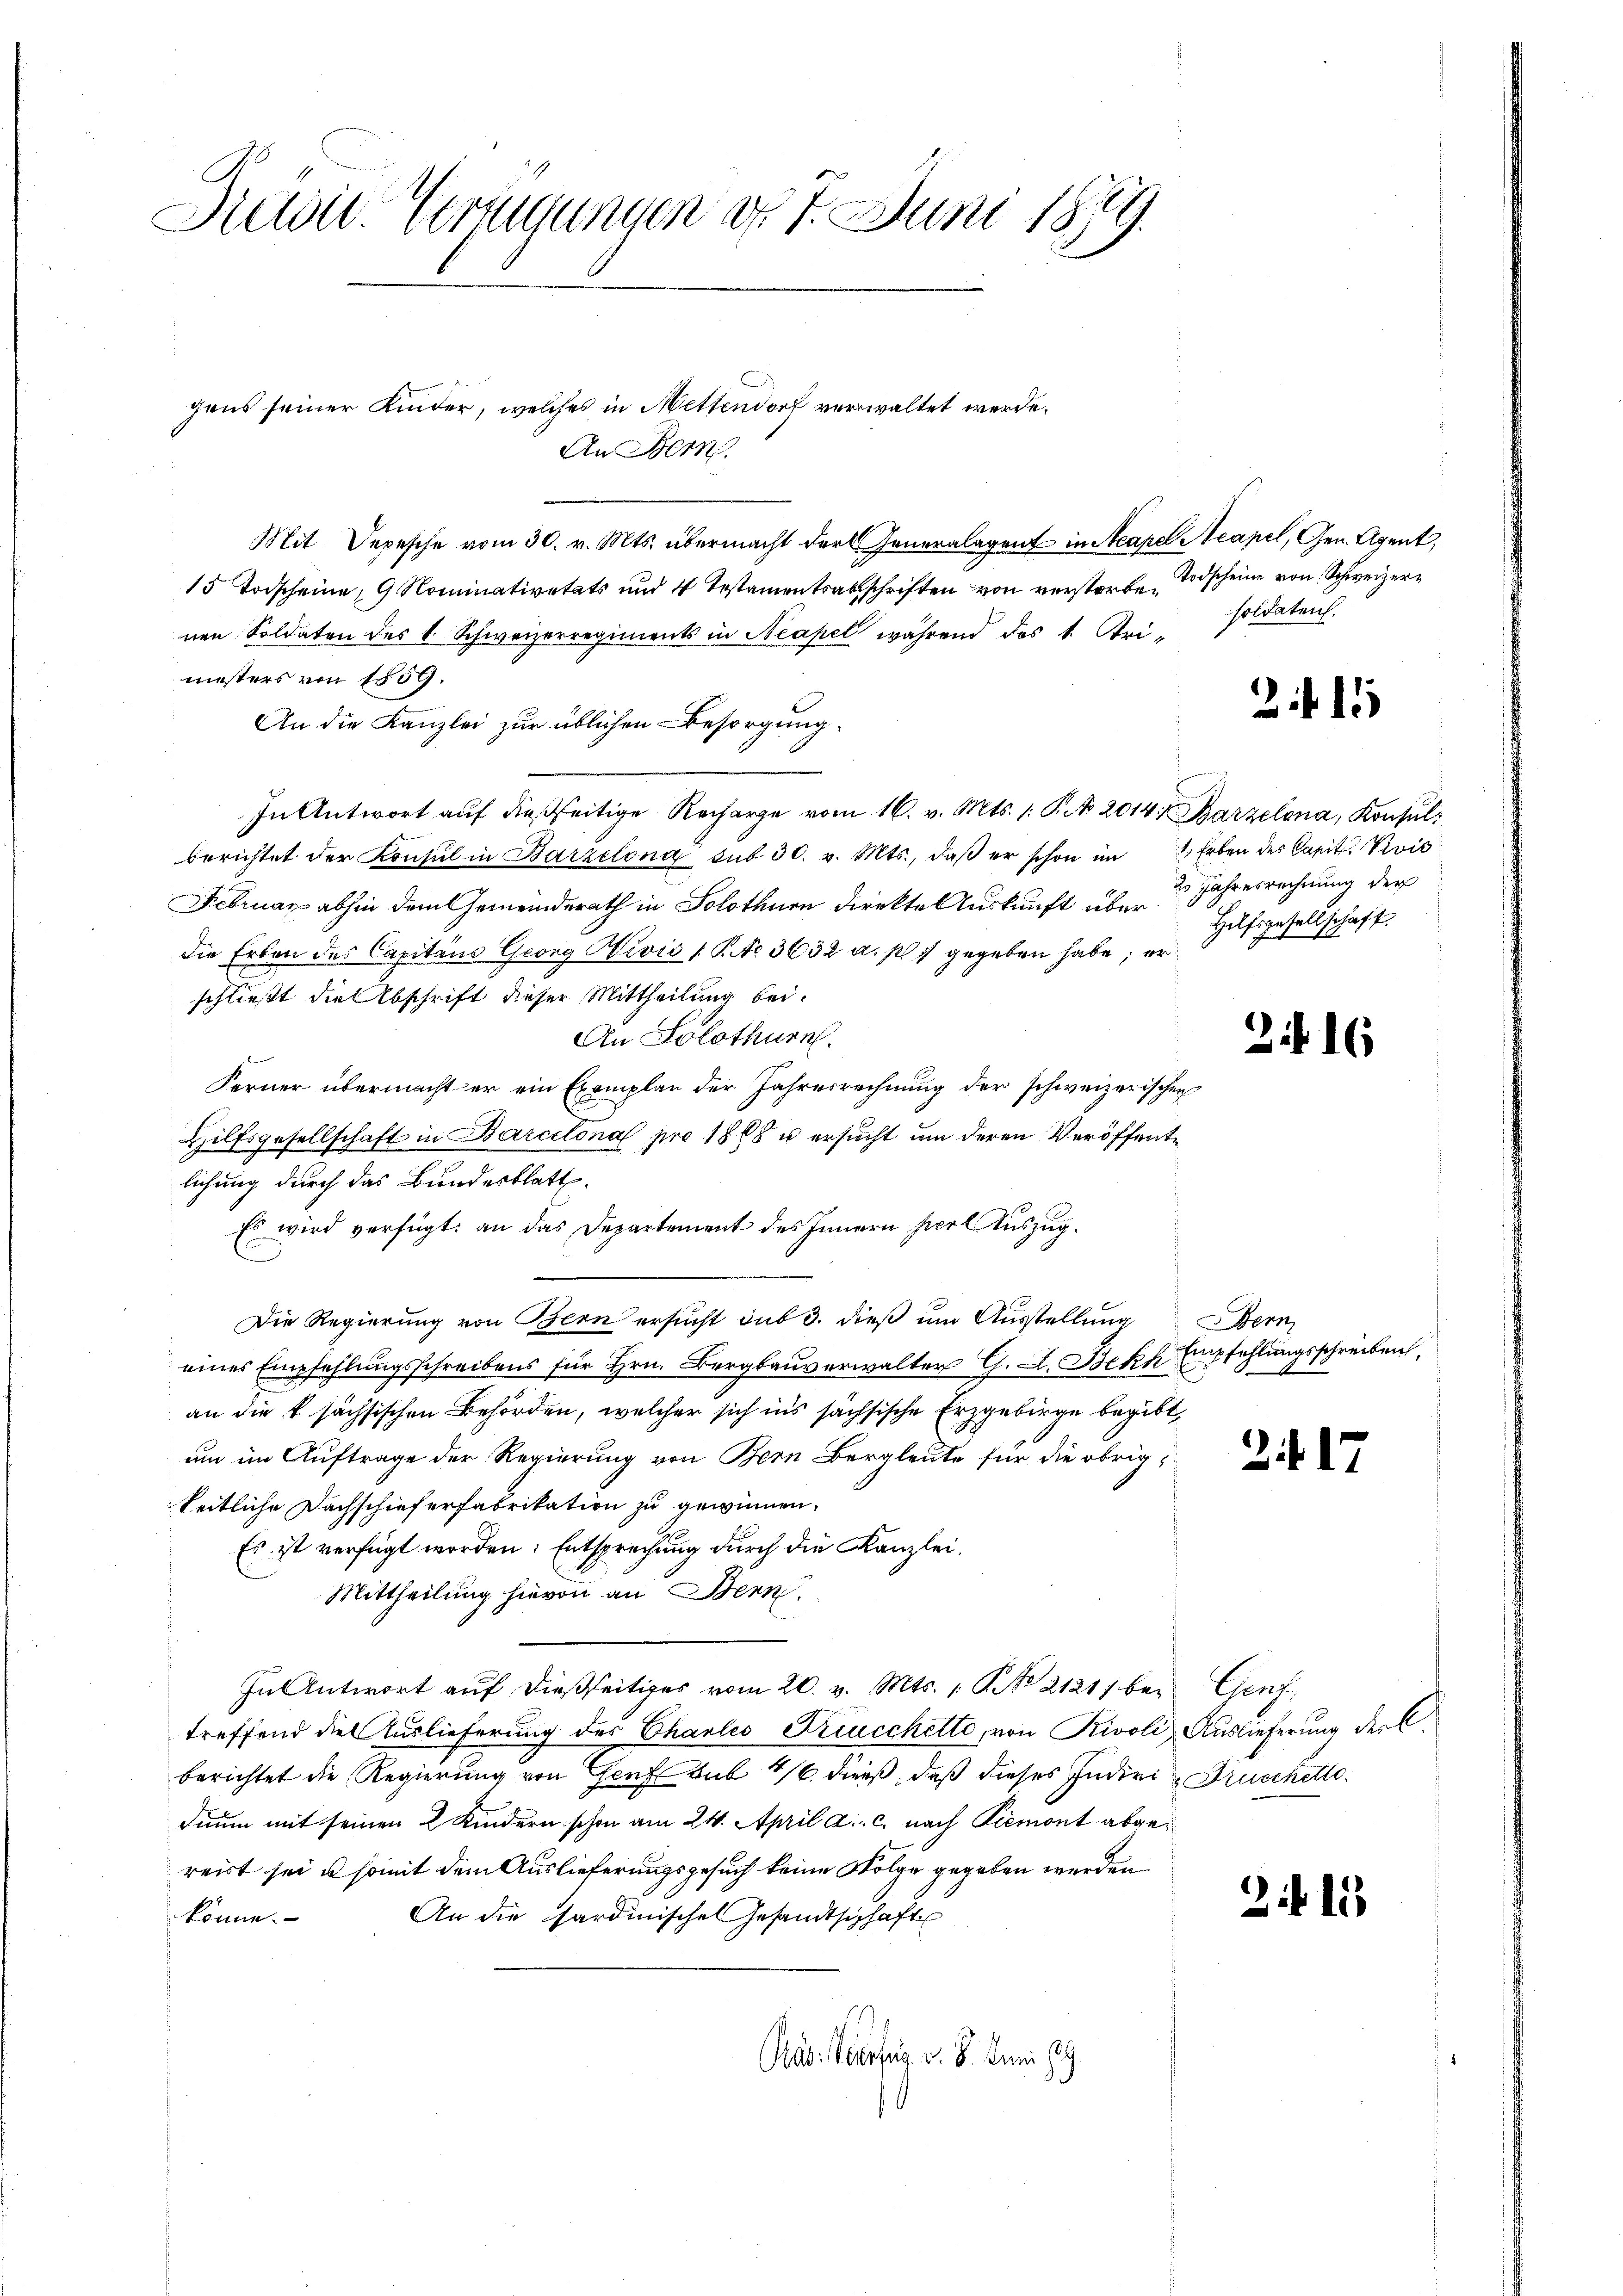
Diclit. Verzugungen d. 1. Juni 1879.

An Bern.
Mit Depesche vom 30. v. Mts. übermacht der Generalagent in Neapel Neapel, Gen. Agent,
15 Todscheine, 9 Nominativetäts und 4 Testamentsartschriften von verstorbenen Soldaten des v. Schweizerregiments in Neapel während des 1. Sei-
mesters von 1859.
An die Kanzlei zur üblichen Besorgung.
In Antwort aŭf dießseitige Recharge vom 16. v. Mts. 1. P. Nr. 2014, Barzelona, Konsulberichtet der Konsul in Barzilona sub 30. v. Mts., daβ er schon im Erben des Capit. Vivis
Februar abhin dem Gemeinderath in Solothurn direkte Auskunft über Hafsgesellschaft,
die Erben des Capitaus Georg Nivio 1. No 3632 a. p. 1 gegeben habe; er
schließt die Abschrift dieser Mittheilung bei.
An Solothurn.
Ferner übermacht er ein Exemplar der Jahresrechnung der schweizerischen
Hilfsgesellschaft in Barcelona pro 1868 u ersucht um deren Veröffentlichung durch das Bundesblatt
Es wird verfügt: an das Departement des Innern per Auszug.
Die Regierung von Bern ersucht sub 3. dieß um Ausstellung Bern
eines Empfehlungsschreibens für Hrn. Bergbauverwalter G. L. Bekk
an die k. sächsischen Behörden, welcher sich ins sächsische Erzgebirge begibt,
um im Auftrage der Regierung von Bern Bergleute für die obrig,
keitliche Dachschieferfabrikation zu gewinnen.
Es ist verfügt worden: Entsprechung durch die Kanzlei.
Mittheilung hievon an Bern.
In Antwort aŭf dießseitiges vom 20. v. Mts. 1. No 2121 bei Genf,
treffend die Auslieferung des Charleo Triucchette, von Rivoli Auslieferung des C.
berichtet die Regierung von Genf sub 1/6 dieß, daß dieses Indivis Drucchelle
duum mit seinen 2 Kindern schon am 24. April a. c. nach Piemont abgereist sei u. somit dem Auslieferungsgesuch keine Folge gegeben werden
könne.
An die Sardinischen Gesandtschaft
Pas: Verzug v. 8. Juni 189

gens seiner Kinder, welches in Mettendorf verwaltet werde.

Todscheine von Schweizersoldaten.

2 f.

2 Jahresrechnung der

216

Empfehlungsschreiben,
f

2415